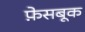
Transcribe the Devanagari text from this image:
फ़ेसबूक